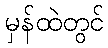
မှန်ထဲတွင်